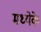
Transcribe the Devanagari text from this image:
मध्येके